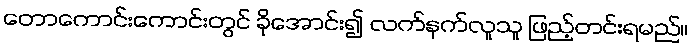
တောကောင်းကောင်းတွင် ခိုအောင်း၍ လက်နက်လူသူ ဖြည့်တင်းရမည်။